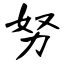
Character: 努